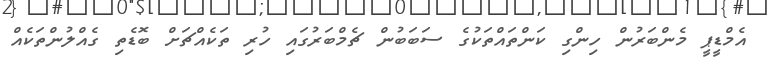
އެމްޑީޕީ މެންބަރުން ހިންގި ކަންތައްތަކުގެ ސަބަބުން ޗެމްބަރުގައި ހުރި ތަކެއްޗަށް ބޮޑެތި ގެއްލުންތަކެއް